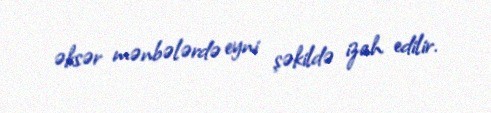
əksər mənbələrdə eyni şəkildə izah edilir.